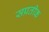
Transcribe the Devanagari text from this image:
सप्रतीक